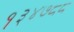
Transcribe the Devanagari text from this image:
१३४७८८